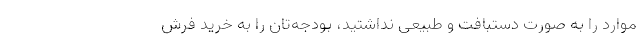
موارد را به صورت دستبافت و طبیعی نداشتید، بودجه‌تان را به خرید فرش